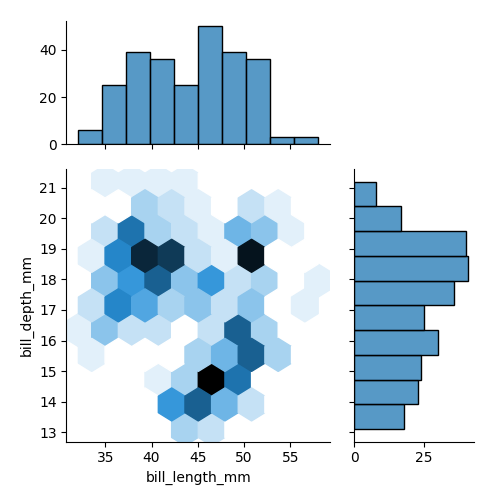
python, seaborn, jointplot, kind='hex', height='5', ratio='2', marginal_ticks='True'